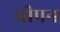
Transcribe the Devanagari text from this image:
चौपन